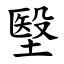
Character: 㙠